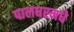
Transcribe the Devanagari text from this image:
पालघरमधे